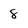
Character: 8